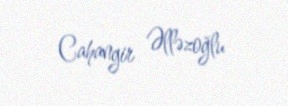
Cahangir Əlləzoğlu